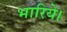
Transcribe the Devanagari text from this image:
भारिये।